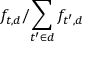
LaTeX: f _ { t , d } { \Bigg / } { \sum _ { t ^ { \prime } \in d } { f _ { t ^ { \prime } , d } } }